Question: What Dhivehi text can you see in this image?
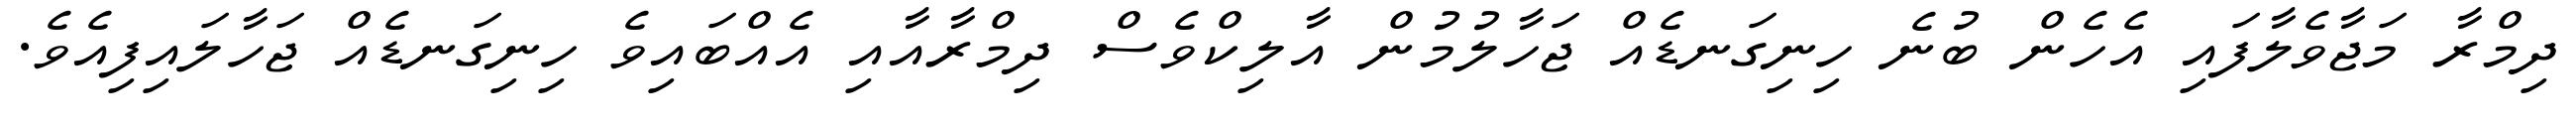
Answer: ދިމްރާ މަޖާވެލާފައި އެހެން ބުނެ ހިނިގަނޑެއް ޖަހާލުމުން އާލިކްވެސް ދިމްރާއާއި އެއްބައިވެ ހިނިގަނޑެއް ޖަހާލައިފިއެވެ.